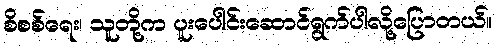
စိစစ်ရေး၊ သူတို့က ပူးပေါင်းဆောင်ရွက်ပါလို့ပြောတယ်။